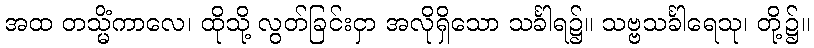
အထ တသ္မိံကာလေ၊ ထိုသို့ လွတ်ခြင်းငှာ အလိုရှိသော သင်္ခါရ၌။ သဗ္ဗသင်္ခါရေသု၊ တို့၌။